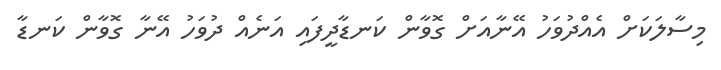
މިސާލަކަށް އެއްދުވަހު އޭނާއަށް ގޮވާން ކަނޑާދީފައި އަނެއް ދުވަހު އޭނާ ގޮވާން ކަނޑާ